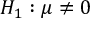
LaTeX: H _ { 1 } : \mu \neq 0